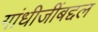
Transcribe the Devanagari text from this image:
गांधीजींबद्दल